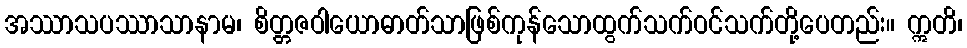
အဿာသပဿာသာနာမ၊ စိတ္တဇဝါယောဓာတ်သာဖြစ်ကုန်သောထွက်သက်ဝင်သက်တို့ပေတည်း။ ဣတိ၊